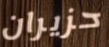
حزيران